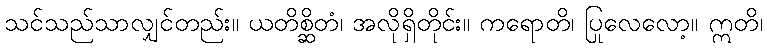
သင်သည်သာလျှင်တည်း။ ယတိစ္ဆိတံ၊ အလိုရှိတိုင်း။ ကရောတိ၊ ပြုလေလော့။ ဣတိ၊